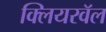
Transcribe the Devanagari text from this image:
क्लियरवॅल